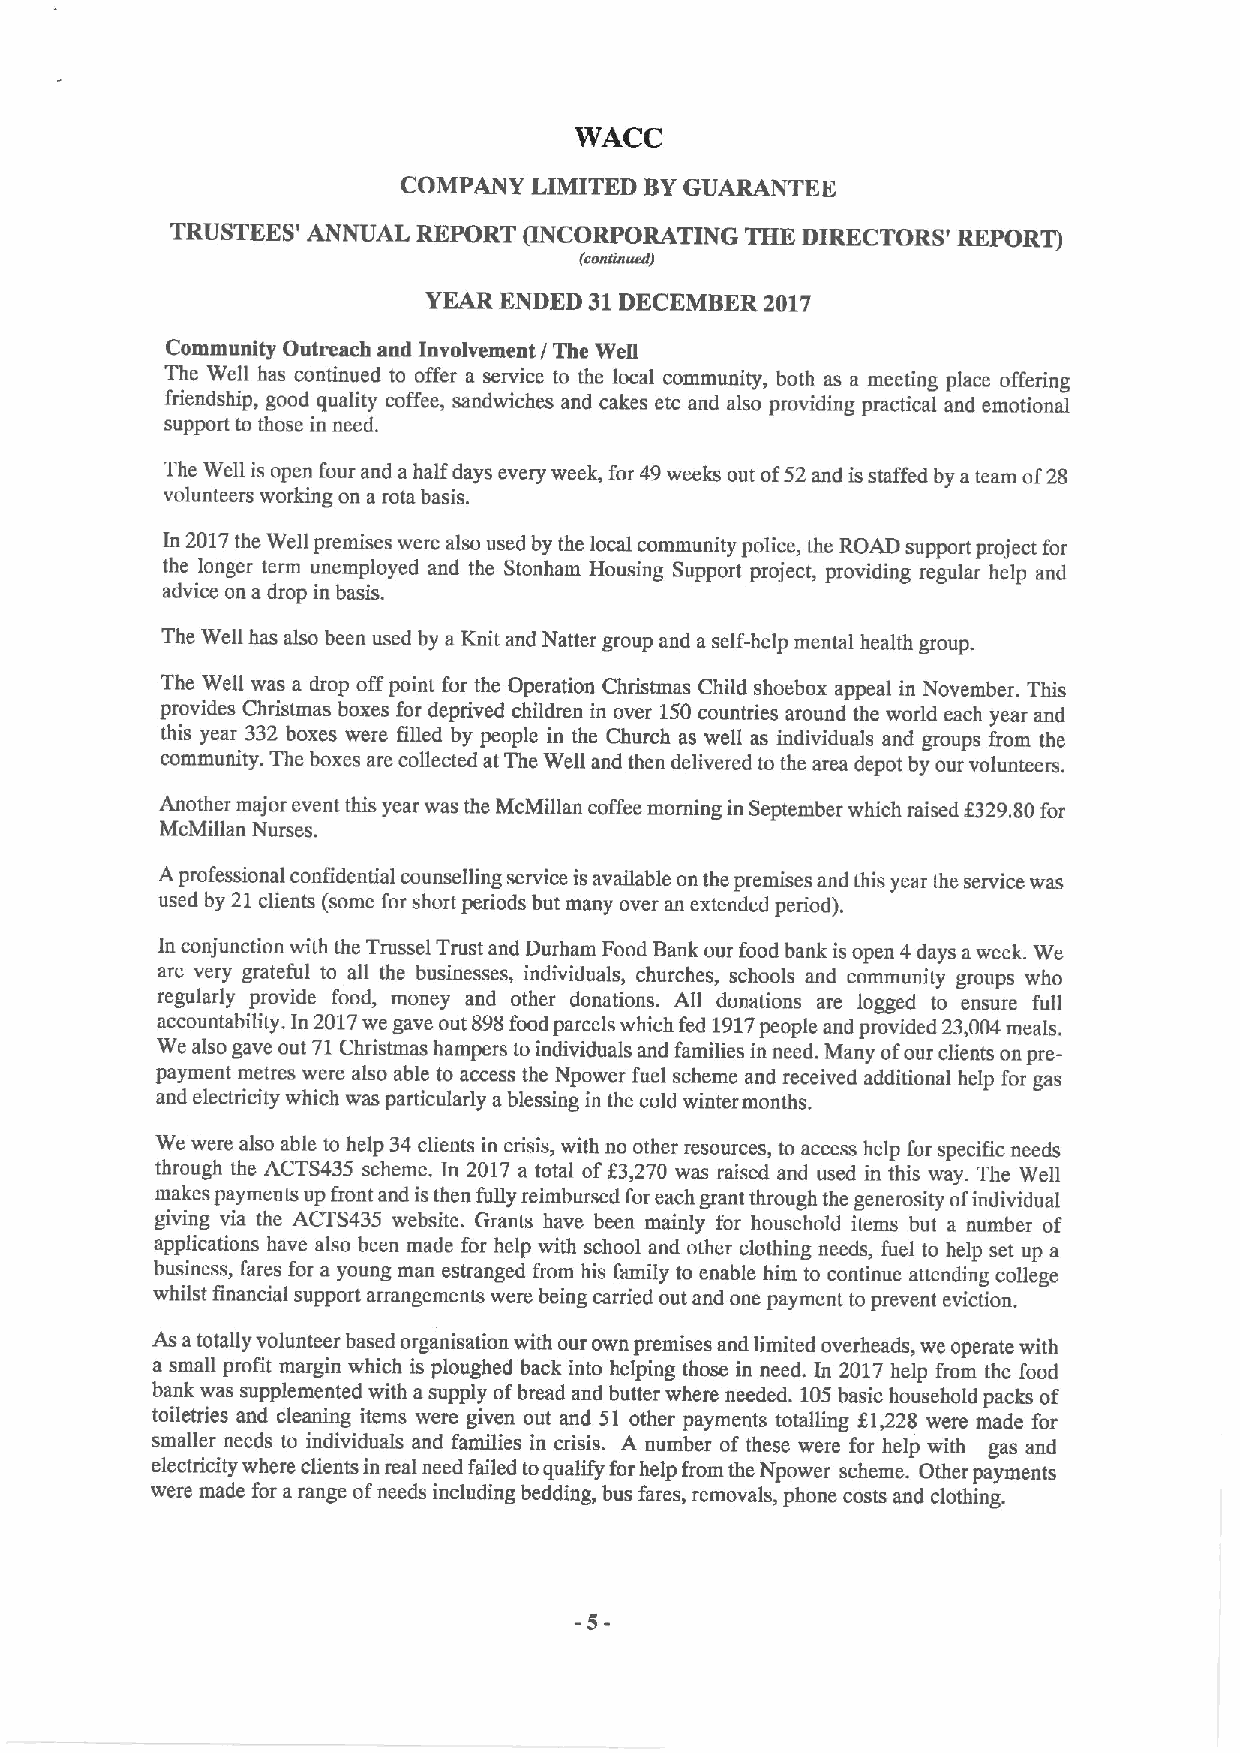
WACC
 COMPANY LIMITED BYGUARANTEE
 TRUSTEES' ANNUAL REPORT gNCORPORATING THE DIRECTORS' REPORT)
 (cccdcucdJ
 YEAR ENDED 31DECEMBER  2017
 Community Outreach and Involvement / The Well
 The Well has continued to offer a service to the local community, both as a meeting place offering
 friendship, good quality coffee, sandwiches and cakes etc and also providing practical and emotional
 support to those in need.
 The Well is open four and ahalf days every week, for 49weeks out of52and isstaffed by ateam of28
 volunteers working on a rota basis.
 In 2017the Well premises were also used by the local community police, the ROAD support project for
 the longer term unemployed and the Stonham Housing Support project, providing regular help and
 advice on a drop in basis.
 The Well has also been used by a Knit and Natter group and aself-help mental health group.
 The Well was a drop offpoint for the Operation Christmas Child shoebox appeal in November. This
 provides Christmas boxes for deprived children in over 150countries around the world each year and
 this year 332 boxes were filled by people in the Church as well as individuals and groups from the
 community. The boxes are collected at The Well and then delivered to the area depot by our volunteers.
 Another major event this year was the McMillan coffee morning in September which mised $329.80for
 McMillan Nurses.
 Aprofessional confidential counselling service isavailable on the premises and this year the service was
 used by 21clients (some for short periods but many over an extended period).
 In conjunction with the Trussel Trust and Durham Food Bank our food bank is open 4days aweek. We
 are very grateful to all the businesses, individuals, churches, schools and community groups who
 regularly provide food, money and other donations. All donations are logged to ensure full
 accountability. In 2017we gave out 898food parcels which fed 1917people and provided 23,004meals.
 We also gave out 71Christmas hampers to individuals and families in need. Many ofour clients on pre-
 payment metres were also able to access the Npower fuel scheme and received additional help for gas
 and electricity which was particularly a blessing in the cold winter months.
 We were also able to help 34clients in crisis, with no other resources, to access help for specific needs
 through the ACTS435 scheme. In 2017 a total of83,270 was raised and used in this way. The Well
 makes payments up front and isthen fully reimbursed for each grant through the generosity ofindividual
 giving via the ACTS435 website. Grants have been mainly for household items but a number of
 applications have also been made for help with school and other clothing needs, fuel to help set up a
 business, fares for a young man estranged from his family to enable him to continue attending college
 whilst financial support arrangements were being carried out and one payment to prevent eviction.
 As atotally volunteer based organisation with our own premises and limited overheads, we operate with
 a small profit margin which is ploughed back into helping those in need. In 2017help from the food
 bank was supplemented with asupply ofbread and butter where needed. 105basic household packs of
 toiletries and cleaning items were given out and 51 other payments totalling Z1,228 were made for
 smaller needs to individuals and families in crisis. A number of these were for help with gas and
 electricity where clients in real need failed toqualify forhelp from the Npower scheme. Other payments
 were made for arange ofneeds including bedding, bus fares, removals, phone costs and clothing.